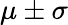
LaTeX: \mu\pm\sigma